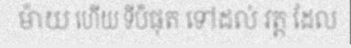
ម៉ាយ ហើយ ទីបំផុត ទៅដល់ វត្ត ដែល